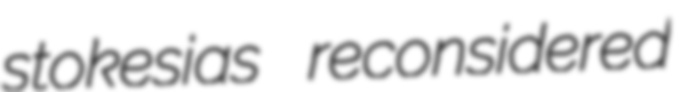
stokesias reconsidered